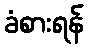
ခံစားရန်